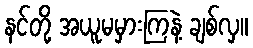
နင်တို့ အယူမမှားကြနဲ့ ချစ်လှ။